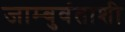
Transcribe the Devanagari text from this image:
जाम्बुवंताशी